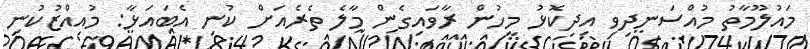
މައުލޫމާތު މުއްސަނދިވި އިދިކޮޅު މީހުން ރާވައިގެން މާލެ ތެރެއަށް ކުނި އެބައަޅާ: މުއިއްޒުކުނި